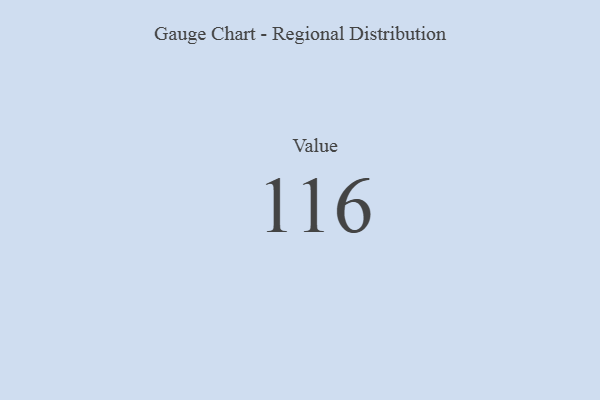
{"axis": {"x": "Metric", "y": "Value"}, "legend": [""], "data": [{"x": "Value", "y": 116, "type": ""}]}